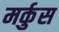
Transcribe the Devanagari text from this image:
मर्कुस